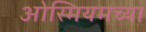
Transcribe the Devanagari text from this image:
ओस्मियमच्या